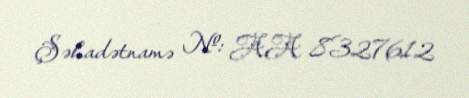
Şəhadətnamə №: AA 8327612